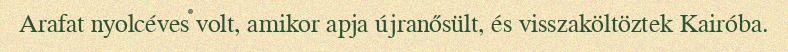
Arafat nyolcéves volt, amikor apja újranősült, és visszaköltöztek Kairóba.